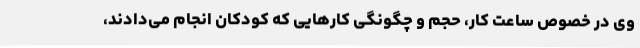
وی در خصوص ساعت کار، حجم و چگونگی کارهایی که کودکان انجام می‌دادند،